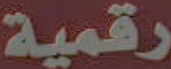
رقمية